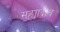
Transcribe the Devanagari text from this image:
सह्याद्रीच